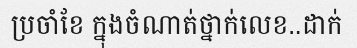
ប្រចាំខែ ក្នុងចំណាត់ថ្នាក់លេខ..ដាក់